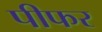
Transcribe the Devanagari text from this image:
पीफर